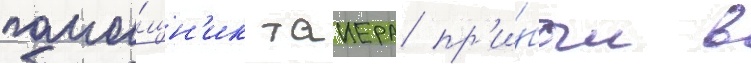
помо́щн'ик таиера пр'и́был в